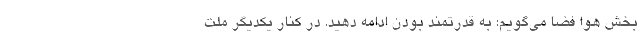
بخش هوا فضا می‌گویم: به قدرتمند بودن ادامه دهید. در کنار یکدیگر ملت